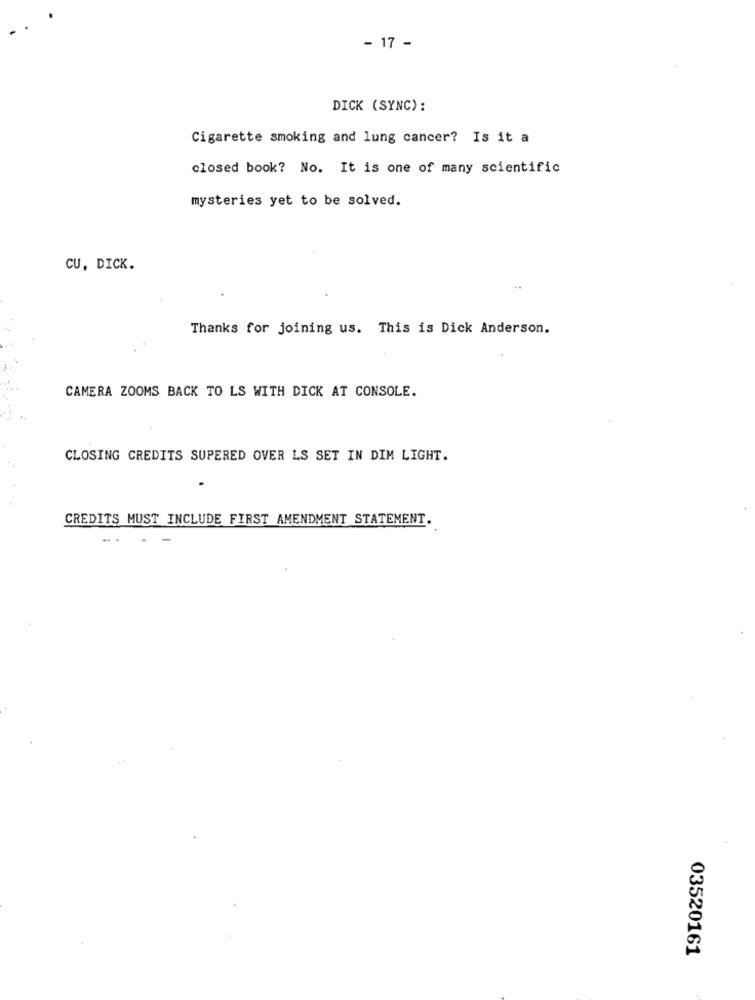
- 17 -
DICK (SYNC) :
Cigarette smoking and lung cancer? Is it a
closed book? No. It is one of many scientific
mysteries yet to be solved.
CU, DICK.
Thanks for joining us. This is Dick Anderson.
CAMERA ZOOMS BACK TO LS WITH DICK AT CONSOLE.
CLOSING CREDITS SUPERED OVER LS SET IN DIM LIGHT.
CREDITS MUST INCLUDE FIRST AMENDMENT STATEMENT.
03520161